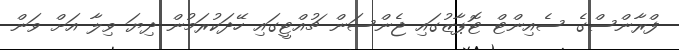
ފްރާންސްގެ ސެއިންޓް ޓޮޕާޒުގައި ޖެންސަން ޗުއްޓީގައި ހޭދަކުރަމުން ދިޔަ ވިލާ އަށް ވަން